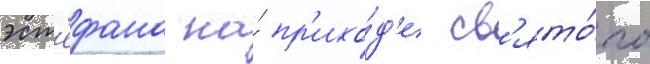
эст'ефана на́ пр'ихо́д'е св'ято́го